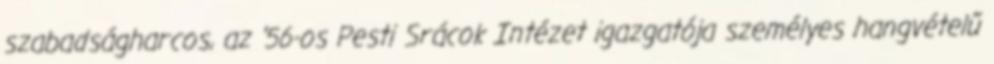
szabadságharcos, az ’56-os Pesti Srácok Intézet igazgatója személyes hangvételű